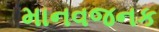
માનવજનક